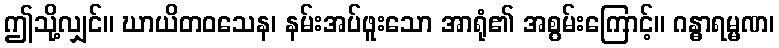
ဤသို့လျှင်။ ဃာယိတဝသေန၊ နမ်းအပ်ဖူးသော အာရုံ၏ အစွမ်းကြောင့်။ ဂန္ဓာရမ္မဏ၊